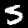
Label: 5